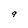
Character: 9